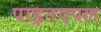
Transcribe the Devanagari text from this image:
पाइनएपल